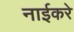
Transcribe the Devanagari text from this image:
नाईकरे